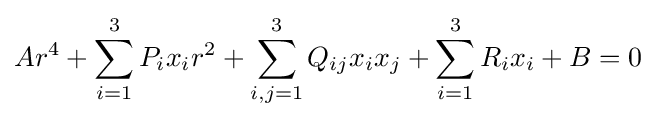
Ar^{4}+\sum _{i=1}^{3}P_{i}x_{i}r^{2}+\sum _{i,j=1}^{3}Q_{ij}x_{i}x_{j}+\sum _{i=1}^{3}R_{i}x_{i}+B=0